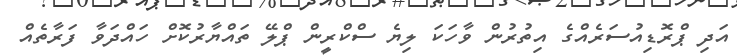
އަދި ޕްރޮޑިއުސަރެއްގެ އިތުރުން ވާހަކަ ލިޔެ ސްކްރީން ޕްލޭ ތައްޔާރުކޮށް ހައްދަވާ ފަރާތެއް